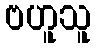
ဗဟူသူ